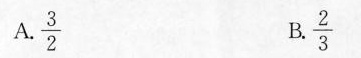
A.$$\frac{3}{2}$$ B.$$\frac{2}{3}$$